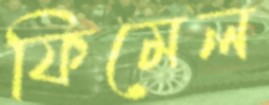
ফিমেল